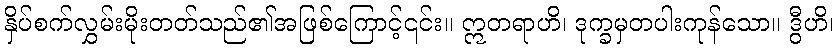
နှိပ်စက်လွှမ်းမိုးတတ်သည်၏အဖြစ်ကြောင့်၎င်း။ ဣတရာဟိ၊ ဒုက္ခမှတပါးကုန်သော။ ဒွီဟိ၊